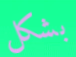
بشكل